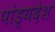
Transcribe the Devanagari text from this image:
पांड्यदेश